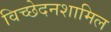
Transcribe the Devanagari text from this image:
विच्छेदनशामिल